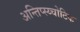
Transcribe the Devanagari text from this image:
अन्तिप्स्य्चोटिक